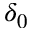
\delta _ { 0 }